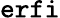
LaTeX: {\tt erfi}